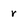
Character: r